Report on vaccination in Madras 1904-1921 - 1904-1921
Year: 1904
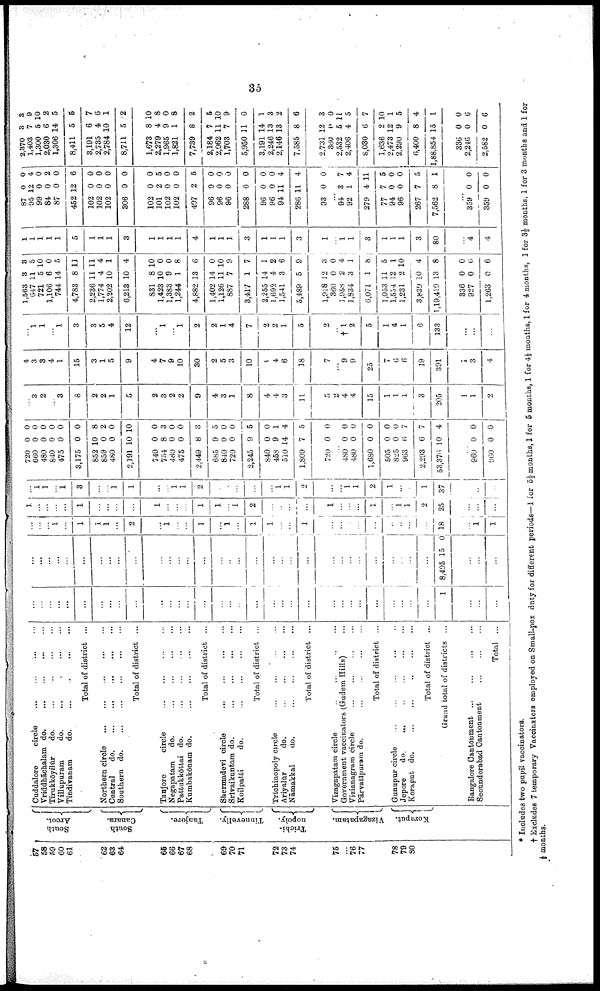
35
57
58
59
60
61
68
63
64
65
66
67
68
69
70
71
72
73
74
75
...
76
77
78
79
80
South
Arcot.
South
Canara.
Tanjore.
Tinnevelly.
Trichi-
nopoly.
Vizagapatam.
Koraput.
Cuddalore circle ... ... ... ...
Vriddhāchalam do.
...
...
...
...
Tirukkōyilūr
do. ... ... ... ...
Villupuram do. ... ... ... ...
Tindivanam
do.
...
...
...
...
Total of district ...
Northern circle ... ... ... ...
Central do. ... ... ... ...
Southern do. ... ... ... ...
Total of district ...
Tanjore circle ... ... ... ...
Negapatam do. ... ... ... ...
Pattukkōttai do. ... ... ... ...
Kumbakōnam
do.
...
...
...
...
Total of district ...
Shermadevi circle ... ... ... ...
Srivaikuntam do.
...
...
...
...
Koilpatti
do.
...
...
...
...
Total of district ...
Trichinopoly circle ... ... ... ...
Ariyalūr
do. ... ... ... ...
Nāmakkal
do.
...
...
...
...
Total of district ...
Vizagapatam circle
...
...
...
...
Government vaccinators (Gudem Hills) ...
Vizianagram circle ... ... ... ...
Pārvatlpuram do.
...
...
...
...
Total of district ...
Gunupur circle
...
...
...
...
...
Jepore
do.
...
...
...
...
...
Koraput do.
...
...
...
...
...
Total of district ...
Grand total of districts ...
Bangalore Cantonment ... ... ... ...
Secunderabad Cantonment
...
...
...
Total ...
... ...
...
... ...
...
...
...
...
...
...
...
...
...
...
...
...
..
...
...
...
...
...
...
...
...
...
...
...
...
...
...
1
...
...
...
...
...
...
...
...
...
...
...
...
...
...
...
...
...
...
...
...
...
...
...
...
...
...
...
...
...
...
...
...
...
...
...
8,495 15 0
...
...
...
...
...
...
1
...
1
1
1
...
2
...
1
...
...
1
...
1
...
1
1
...
...
1
...
...
...
...
...
...
...
...
...
18
...
1
1
1
...
...
... ...
1
...
...
...
...
1
...
...
...
1
1
...
1
2
...
...
...
...
1
...
...
...
1
...
1
1
2
25
...
...
...
...
1
1
...
1
3
...
...
1
1
...
...
1
1
2
...
...
...
...
...
1 1
2
...
...
1
1
2
1
...
...
1
37
...
...
...
720
660
480
840
475
3,175
852
859
480
2,191
740
754
480
475
2,449
685
840
720
2,245
840
458
510
1,809
720
0
0
0
0
0
0
10
0 0
10
0
8
0
0
8
9
0
0
9
0
9
14
7
0
0
0
0
0
0
0
8
2
0
10
0
3
0
0
3
5
0
0
5
0
1
4
5
0
...
480
480
1,680
505
825
963
2,293
53,376
0
0
0
0
0
6
6
0
0
0
0
0 0
7
7
4
...
960
960
0
0
0
0
...
3
2
...
3
8
2
2
1
5
2
3
2
2
9
4
3
1
8
4
4
3
11
5
2
4
4
15
1
1
1
3
205
1
1
2
4
3
3
4
1
15
3
1
5
9
4
7
9
10
30
2
5
3
10
8
4
6
18
7
...
9
9
25
7
0
6
19
391
1
3
4
...
1
1
...
1
3
3
5
4
12
...
1
...
1
2
2
1
4
7
2
2
1
5
2
...
† 1
2
5
1
4
1
6
133
...
...
...
1,563
647
721
1,106
744
4,783
2,236
1,774
2,202
6,213
831
1,423
1,383
1,244
4,882
1,402
1,126
887
3,417
2,255
1,693
1,541
5,489
1,918
360
1,958
1,834
6,071
1,053
1,554
1,231
3,839
19,419
336
927
1,263
3
11
5
6
14
8
11
4
10
10
8
10
9
1
13
14
11
7
1
14
4
3
5
12
0
2
3
1
11
12
2
0
3
0
0
0
3
5
10
0
5
11
11
4
1
4
10
0
0
8
6
0
10
9
7
1
2
6
9
3
0
4
1
8
5
1
10
4
8
0
6
6
1
1
1
1
1
5
1
1
1
3
1
1
1
1
4
1
1
1
3
1
1
1
3
1
...
1
1
3
1
1
1
3
80
...
4
4
87
95
99
84
87
452
102
102
102
306
102
101
102
102
407
96
96
96
288
96
96
94
286
93
0
12
0
0
0
12
0
0
0
0
0
2
0
0
2
0
0
0
0
0
0
11
11
0
0
4
0
2
0
6
0
0
0
0
0
5
0
0
5
0
0
0
0
0
0
4
4
0
...
94
92
279
77
94
96
267
7,562
3
1
4
7
0
0
7
8
7
4
11
5
0
0
5
1
...
359
359
0
0
0
0
2,870
1,403
1,300
2,030
1,306
8,411
3,191
2,735
2,784
8,711
1,673
2,279
1,965
1,821
7,739
2,184
2,062
1,703
5,950
3,191
2,246
2,146
7,585
2,731
360
2,532
2,406
8,030
1,636
2,473
2,290
6,400
1,88,854
336
2,246
2,582
3
7
5
6
14
5
6
4
10
5
8
4
9
1
8
7
11
7
11
14
13
13
8
12
0
5
4
6
2
12
9
8
15
0
0
0
3
9
10
2
5
5
7
6
1
2
10
8
0
8
2
5
10
9
0
1
3
2
6
3
0
11
5
7
10
1
5
4
1
0
6
6
* Includes two pupil vaccinators.
† Excludes 7 temporary Vaccinators employed on Small-pox duty for different periods—1 for 5½ months, 1 for 5 months, 1 for 4½ months, 1 for 4 months, 1 for 3½ months, 1 for 3 months and 1 for 3 months and 1 for
½ months.